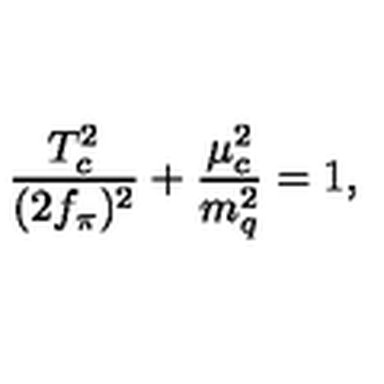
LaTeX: \frac { T _ { c } ^ { 2 } } { ( 2 f _ { \pi } ) ^ { 2 } } + \frac { \mu _ { c } ^ { 2 } } { m _ { q } ^ { 2 } } = 1 ,